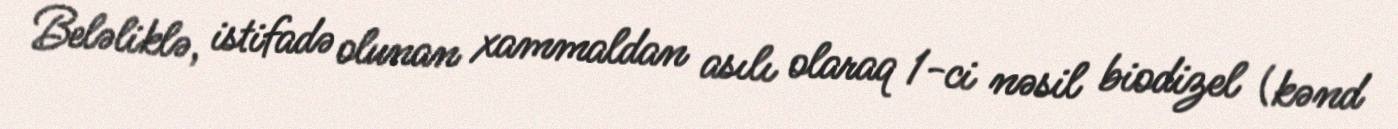
Beləliklə, istifadə olunan xammaldan asılı olaraq 1-ci nəsil biodizel (kənd